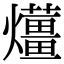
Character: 𤒬